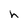
Character: h